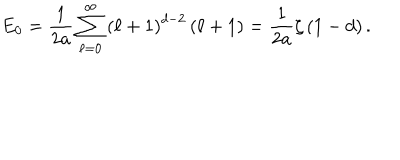
E _ { 0 } = \frac { 1 } { 2 a } \sum _ { \ell = 0 } ^ { \infty } \left( \ell + 1 \right) ^ { d - 2 } \left( \ell + 1 \right) = \frac { 1 } { 2 a } \zeta \left( 1 - d \right) .